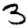
Digit: 3